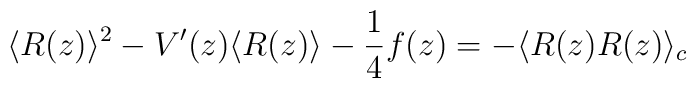
\langle R(z) \rangle^2 - V'(z)\langle R(z) \rangle - \frac{1}{4}f(z)= -\langle R(z) R(z) \rangle_c